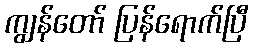
ကျွန်တော် ပြန်ရောက်ပြီ